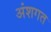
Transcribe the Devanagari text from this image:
अंशगत